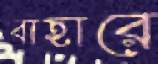
বাহারে